Saare_Masina-traktorijaam, lk 7
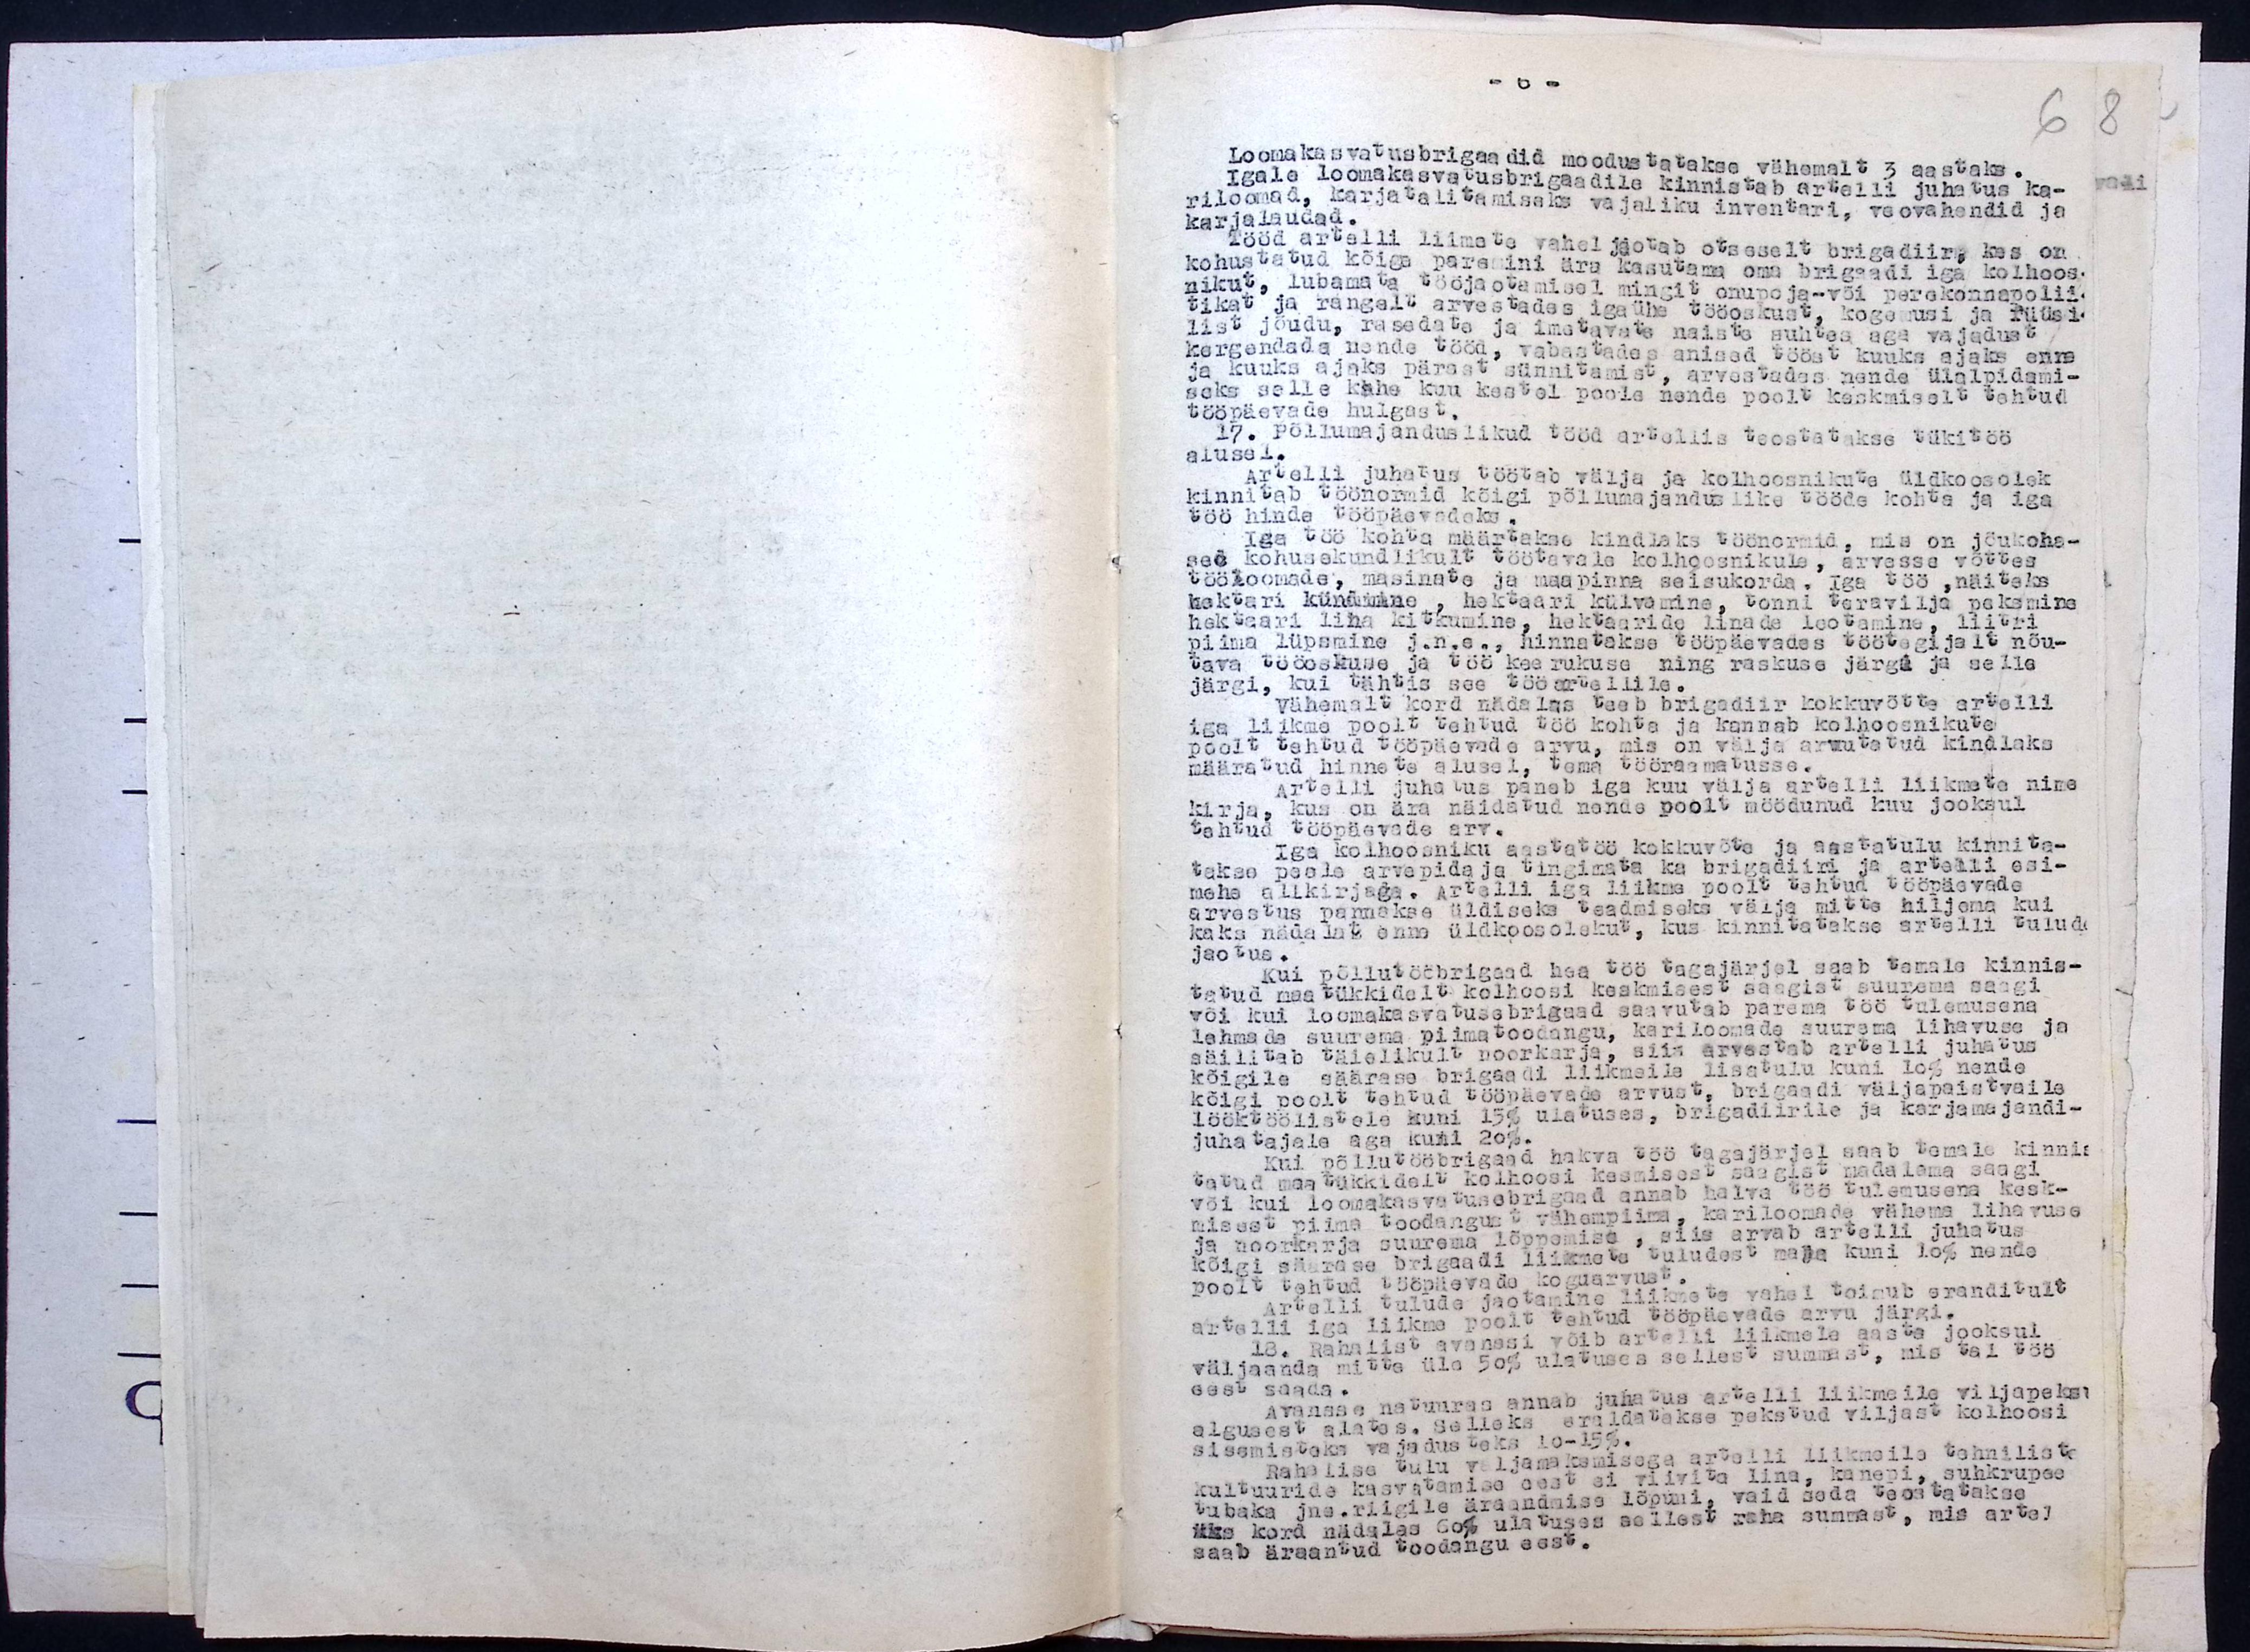
Loomakasvatusbrigaadid moodustatakse vähemalt 3 aastaks.
Igale loomakasvatusbrigaadile kinnistab artelli juhatus ka-
riloomad, karjatalitamiseks vajaliku inventari, veovahendid ja
karjalaudad.
Tööd artelli liimate vahel jaotab otseselt brigadiir, kes on
kohustatud kõige paremini ära kasutama oma brigaadi iga kolhoos-
nikut, lubamata tööjaotamisel mingit onupoja-või perekonnapolii-
tikat ja rangelt arvestades igaühe tööoskust kogemusi ja füüsi-
list jõudu, rasedate ja imetavate naiste suhtes aga vajadust
kergendada nende tööd, vabastades anised tööst kuuks ajaks enne
ja kuuks ajaks pärast sünnitamist, arvestades nende ühipidami-
seks selle kahe kuu kestel poole nende poolt keskmiselt tehtud
tööpäevade hulgast.
17. Põllumajanduslikud tööd artellis teostatakse tükitöö-
alusel.
Artelli juhatus töötab välja ja kolhoosnikute üldkoosolek
kinnitab töönormid kõigi põllumajanduslike tööde kohta ja iga
töö hinda tööpäevadeks.
Iga töö kohta määrtakse kindlaks töönormid, mis on jõukoha-
sed kohusekundlikult töötavale kolhoosnikule, arvesse võttes
tööloomade, masinate ja maapinna seisukorda, iga töö, näiteks
hektari kündmine, hektaari külvamine, tonni teravilja peksmine
hektaari liha kitkumine, hektaaride linade leotamine, liitri-
piima lüpsmine j.n.e., hinnatakse tööpäevades töötegijalt nõu-
tava tööoskuse ja töö keerukuse ning raskuse järgi ja selle
järgi, kui tähtis see tööonartellile.
Vähemalt kord nädalas teeb brigadiir kokkuvõtte artelli-
iga liikme poolt tehtud töö kohta ja kannab kolhoosnikute
poolt tehtud tööpäevade arvu, mis on välja arwutatud kindlaks
määratud hinnete alusel, tema tööraamatusse.
Artelli juhatus paneb iga kuu välja artelli liikmete nime
kirja, kus on ära näidatud nende poolt möödunud kuu jooksul
tehtud tööpäevade arv.
Iga kolhoosniku aastatöö kokkuvõte ja aastatulu kinnita-
takse peale arvepidaja tingimata ka brigadiiri ja artelli esi-
mehe allkirjaga. Artelli iga liikme poolt tehtud tööpäevade
arvestus pannakse üldiseks teadmiseks välja mitte hiljema kui
kaks nädalat oma üldkoosolekut, kus kinnitatakse artelli tulud
jaotus.
Kui põllutööbrigaad hea töö tagajärjel saab temale kinnis-
tatud maatükkidelt kolhoosi keskmisest saagist suurema saagi
või kui loomakasvatusebrigaad saavutab parema töö tulemusena
lehmade suurema piimatoodangu, kariloomade suurema lihavuse ja
säiltab täielikult noorkarja, siia arvestab artelli juhatus
kõigile säärase brigaadi liikmeile lisatulu kuni 10% nende
kõigi poolt tehtud tööpäevade arvust, brigaadi väljapaistvaile
lööktöölistele kuni 15% ulatuses, brigadiirile ja karjamajandi-
juhatajale aga kuni 20%.
Kui põllutööbrigaad hakva töö tagajärjel saab temale kinni-
tatud maatükkidelt kolhoosi kesmisest saagist madalama saagi
või kui loomakasvatusebrigaad annab halva töö tulemusena kesk-
misest piima toodangust vähempiima, kariloomade vähema lihavuse
ja noorkarja suurema lõppemise, siis arvab artelli juhatus
kõigi säärase brigaadi liikmete tuludest maha kuni 10% nende
poolt tehtud tööpäevada koguarvust.
Artelli tulude jaotamine liikmete vahel toimub eranditult
artelli iga liikme poolt tehtud tööpäevade arvu järgi.
18. Rahalist avanssi võib artelli liikmele aasta jooksul
väljaanda mitte üle 50% ulatuses sellest summast, mis tal töö
eest saada.
Avansse natuuras annab juhatus artelli liikmeile viljapeks
algusest alates. Selleks eraldatakse pekstud viljast kolhoosi
sisemisteks vajadusteks 10-15%.
Rahalise tulu väljamaksmisega artelli liikmeile tehniliste
kultuuride kasvatamise eest ei riivita lina, kanepi, suhkrupee
tubaka jne.riigile äraandmise lõpuni, vaid seda teostatakse
üks kord nädalas 60% ulatuses sellest raha summast, mis artel
saab äraantud toodangu eest.